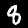
Label: 8